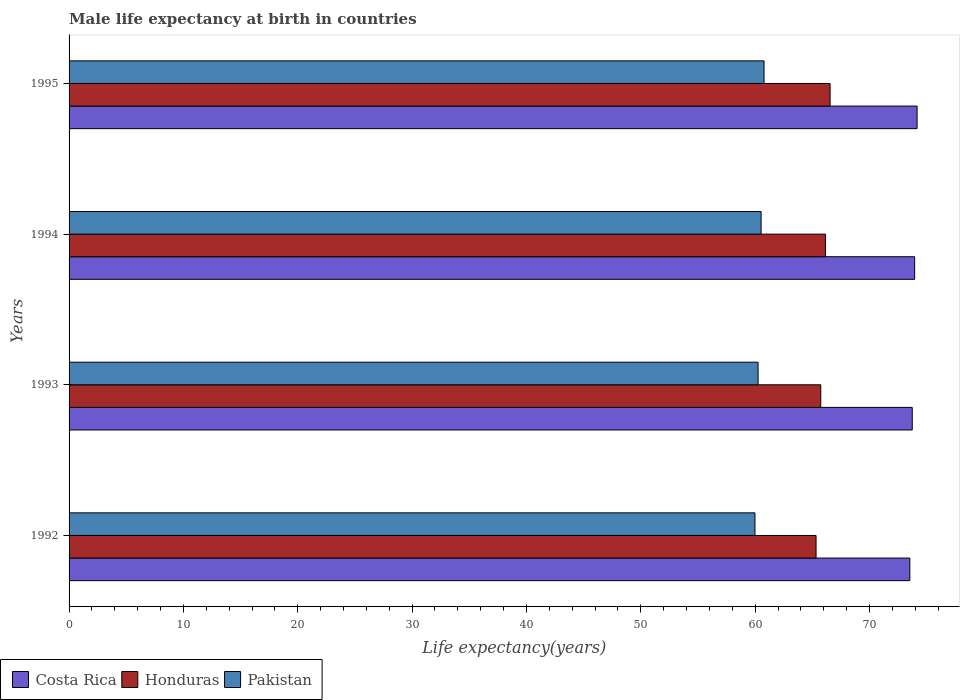
| Years | Costa Rica | Honduras | Pakistan |
 | --- | --- | --- | --- |
 | 1992 | 73.5 | 65.3 | 60 |
 | 1993 | 73.7 | 65.7 | 60.3 |
 | 1994 | 74 | 66.1 | 60.5 |
 | 1995 | 74.2 | 66.6 | 60.8 |